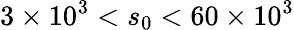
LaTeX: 3\times 10^{3}<s_{0}<60\times 10^{3}